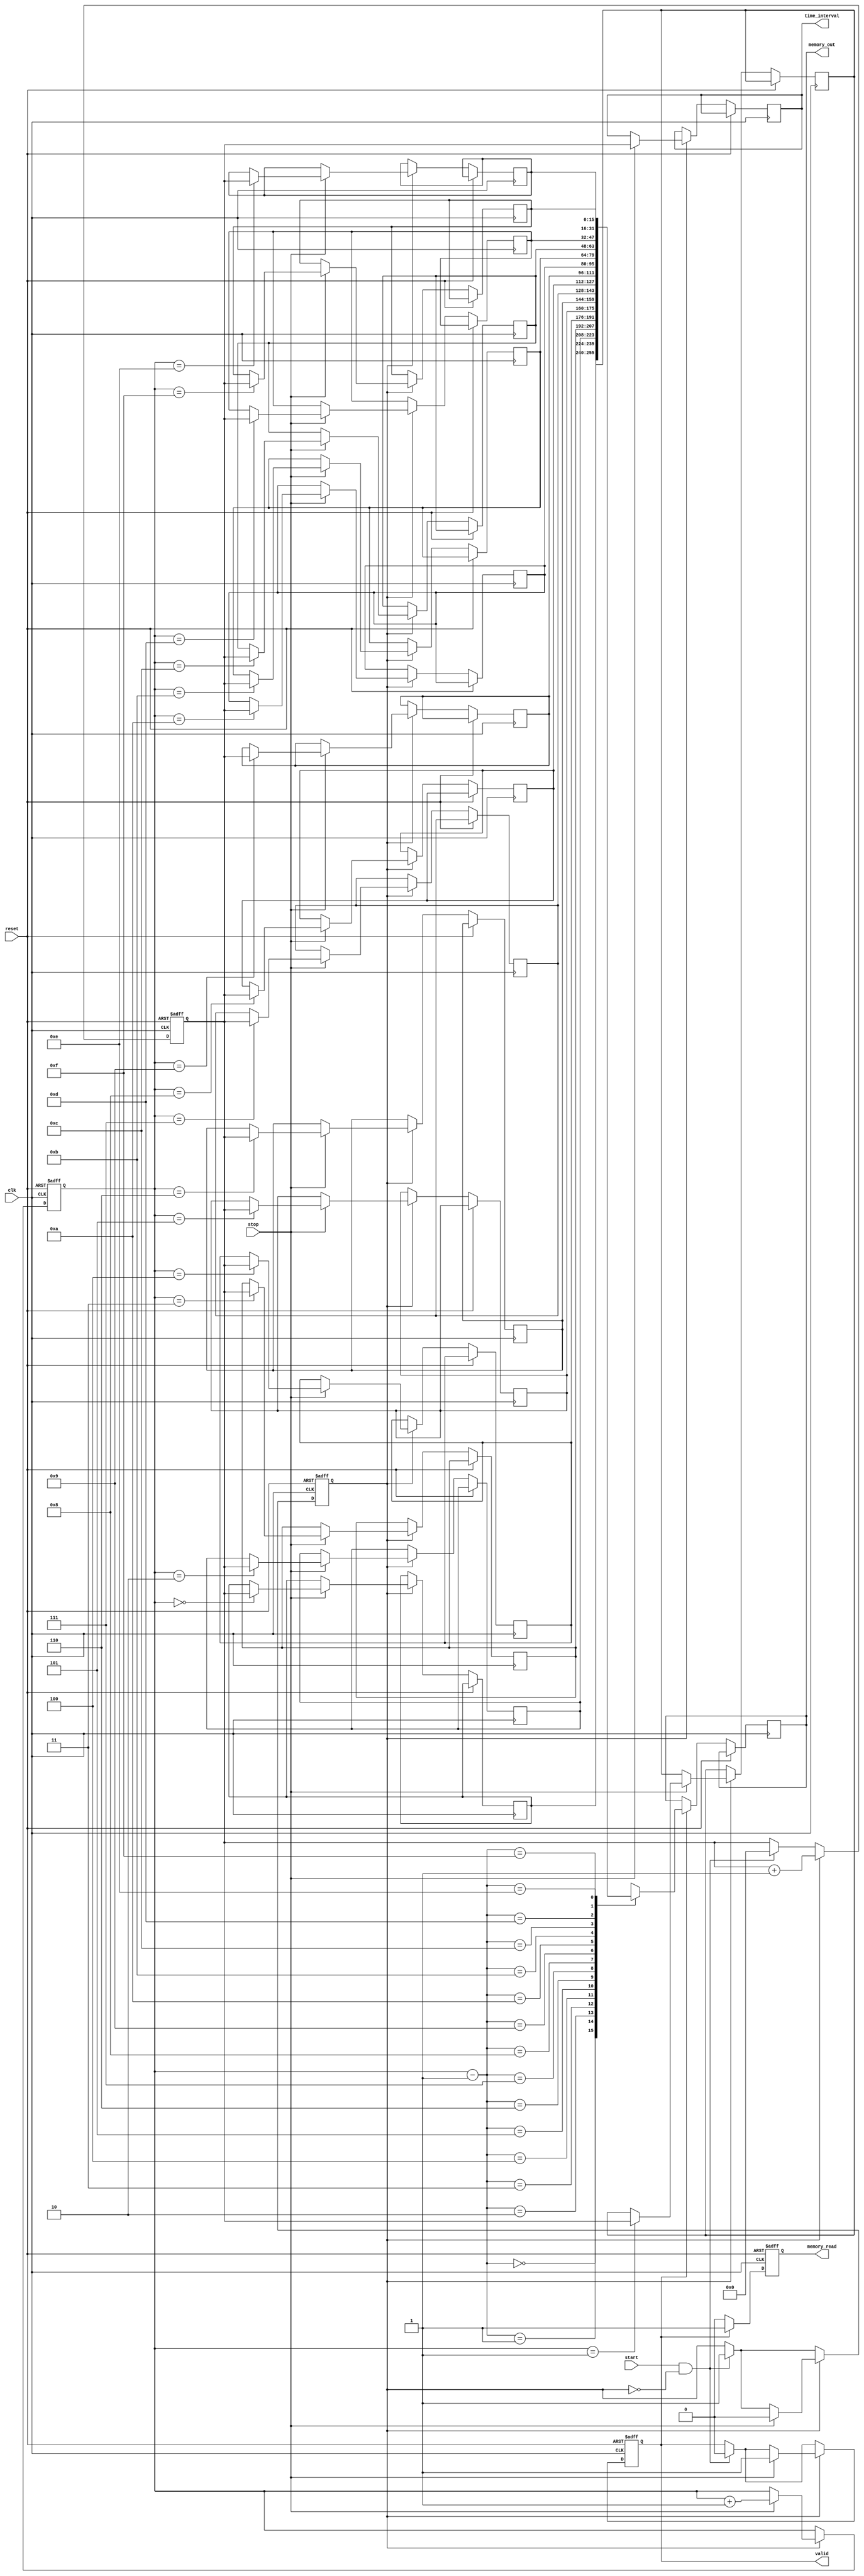
module TDC (
    input wire clk,                // System clock
    input wire reset,              // Reset signal
    input wire start,              // Start signal for measurement
    input wire stop,               // Stop signal for measurement
    output reg [15:0] time_interval, // Measured time interval
    output reg valid,              // Indicates valid measurement
    output reg [15:0] memory_out,  // Output from memory block
    output reg memory_read         // Memory read signal
);

    // Parameters
    parameter MEMORY_SIZE = 16;    // Size of memory blocks
    parameter COUNTER_WIDTH = 16;   // Width of the counter

    // Internal signals
    reg [COUNTER_WIDTH-1:0] counter; // Counter for time measurement
    reg [COUNTER_WIDTH-1:0] memory [0:MEMORY_SIZE-1]; // Memory blocks
    reg [3:0] write_pointer;          // Pointer for writing to memory
    reg measuring;                    // State of measurement

    // State machine for TDC operation
    always @(posedge clk or posedge reset) begin
        if (reset) begin
            counter <= 0;
            write_pointer <= 0;
            measuring <= 0;
            valid <= 0;
            memory_read <= 0;
        end else begin
            if (start && !measuring) begin
                measuring <= 1; // Start measuring
                counter <= 0;   // Reset counter
                valid <= 0;     // Reset valid flag
            end

            if (measuring) begin
                counter <= counter + 1; // Increment counter
                if (stop) begin
                    measuring <= 0; // Stop measuring
                    time_interval <= counter; // Capture time interval
                    memory[write_pointer] <= counter; // Store in memory
                    write_pointer <= write_pointer + 1; // Increment write pointer
                    valid <= 1; // Set valid flag
                end
            end

            // Memory read operation
            if (valid) begin
                memory_out <= memory[write_pointer - 1]; // Read last stored value
                memory_read <= 1; // Indicate memory read
            end else begin
                memory_read <= 0; // No memory read
            end
        end
    end

    // Resolution-improvement algorithm (simple averaging example)
    // This section can be expanded with more sophisticated techniques
    reg [COUNTER_WIDTH-1:0] avg_time_interval;
    always @(posedge clk) begin
        if (valid) begin
            avg_time_interval <= (avg_time_interval + time_interval) >> 1; // Simple averaging
        end
    end

endmodule